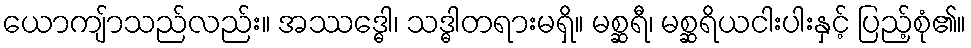
ယောကျ်ာသည်လည်း။ အဿဒ္ဓေါ၊ သဒ္ဓါတရားမရှိ။ မစ္ဆရီ၊ မစ္ဆရိယငါးပါးနှင့် ပြည့်စုံ၏။